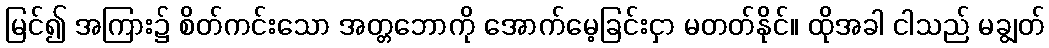
မြင်၍ အကြား၌ စိတ်ကင်းသော အတ္တဘောကို အောက်မေ့ခြင်းငှာ မတတ်နိုင်။ ထိုအခါ ငါသည် မချွတ်